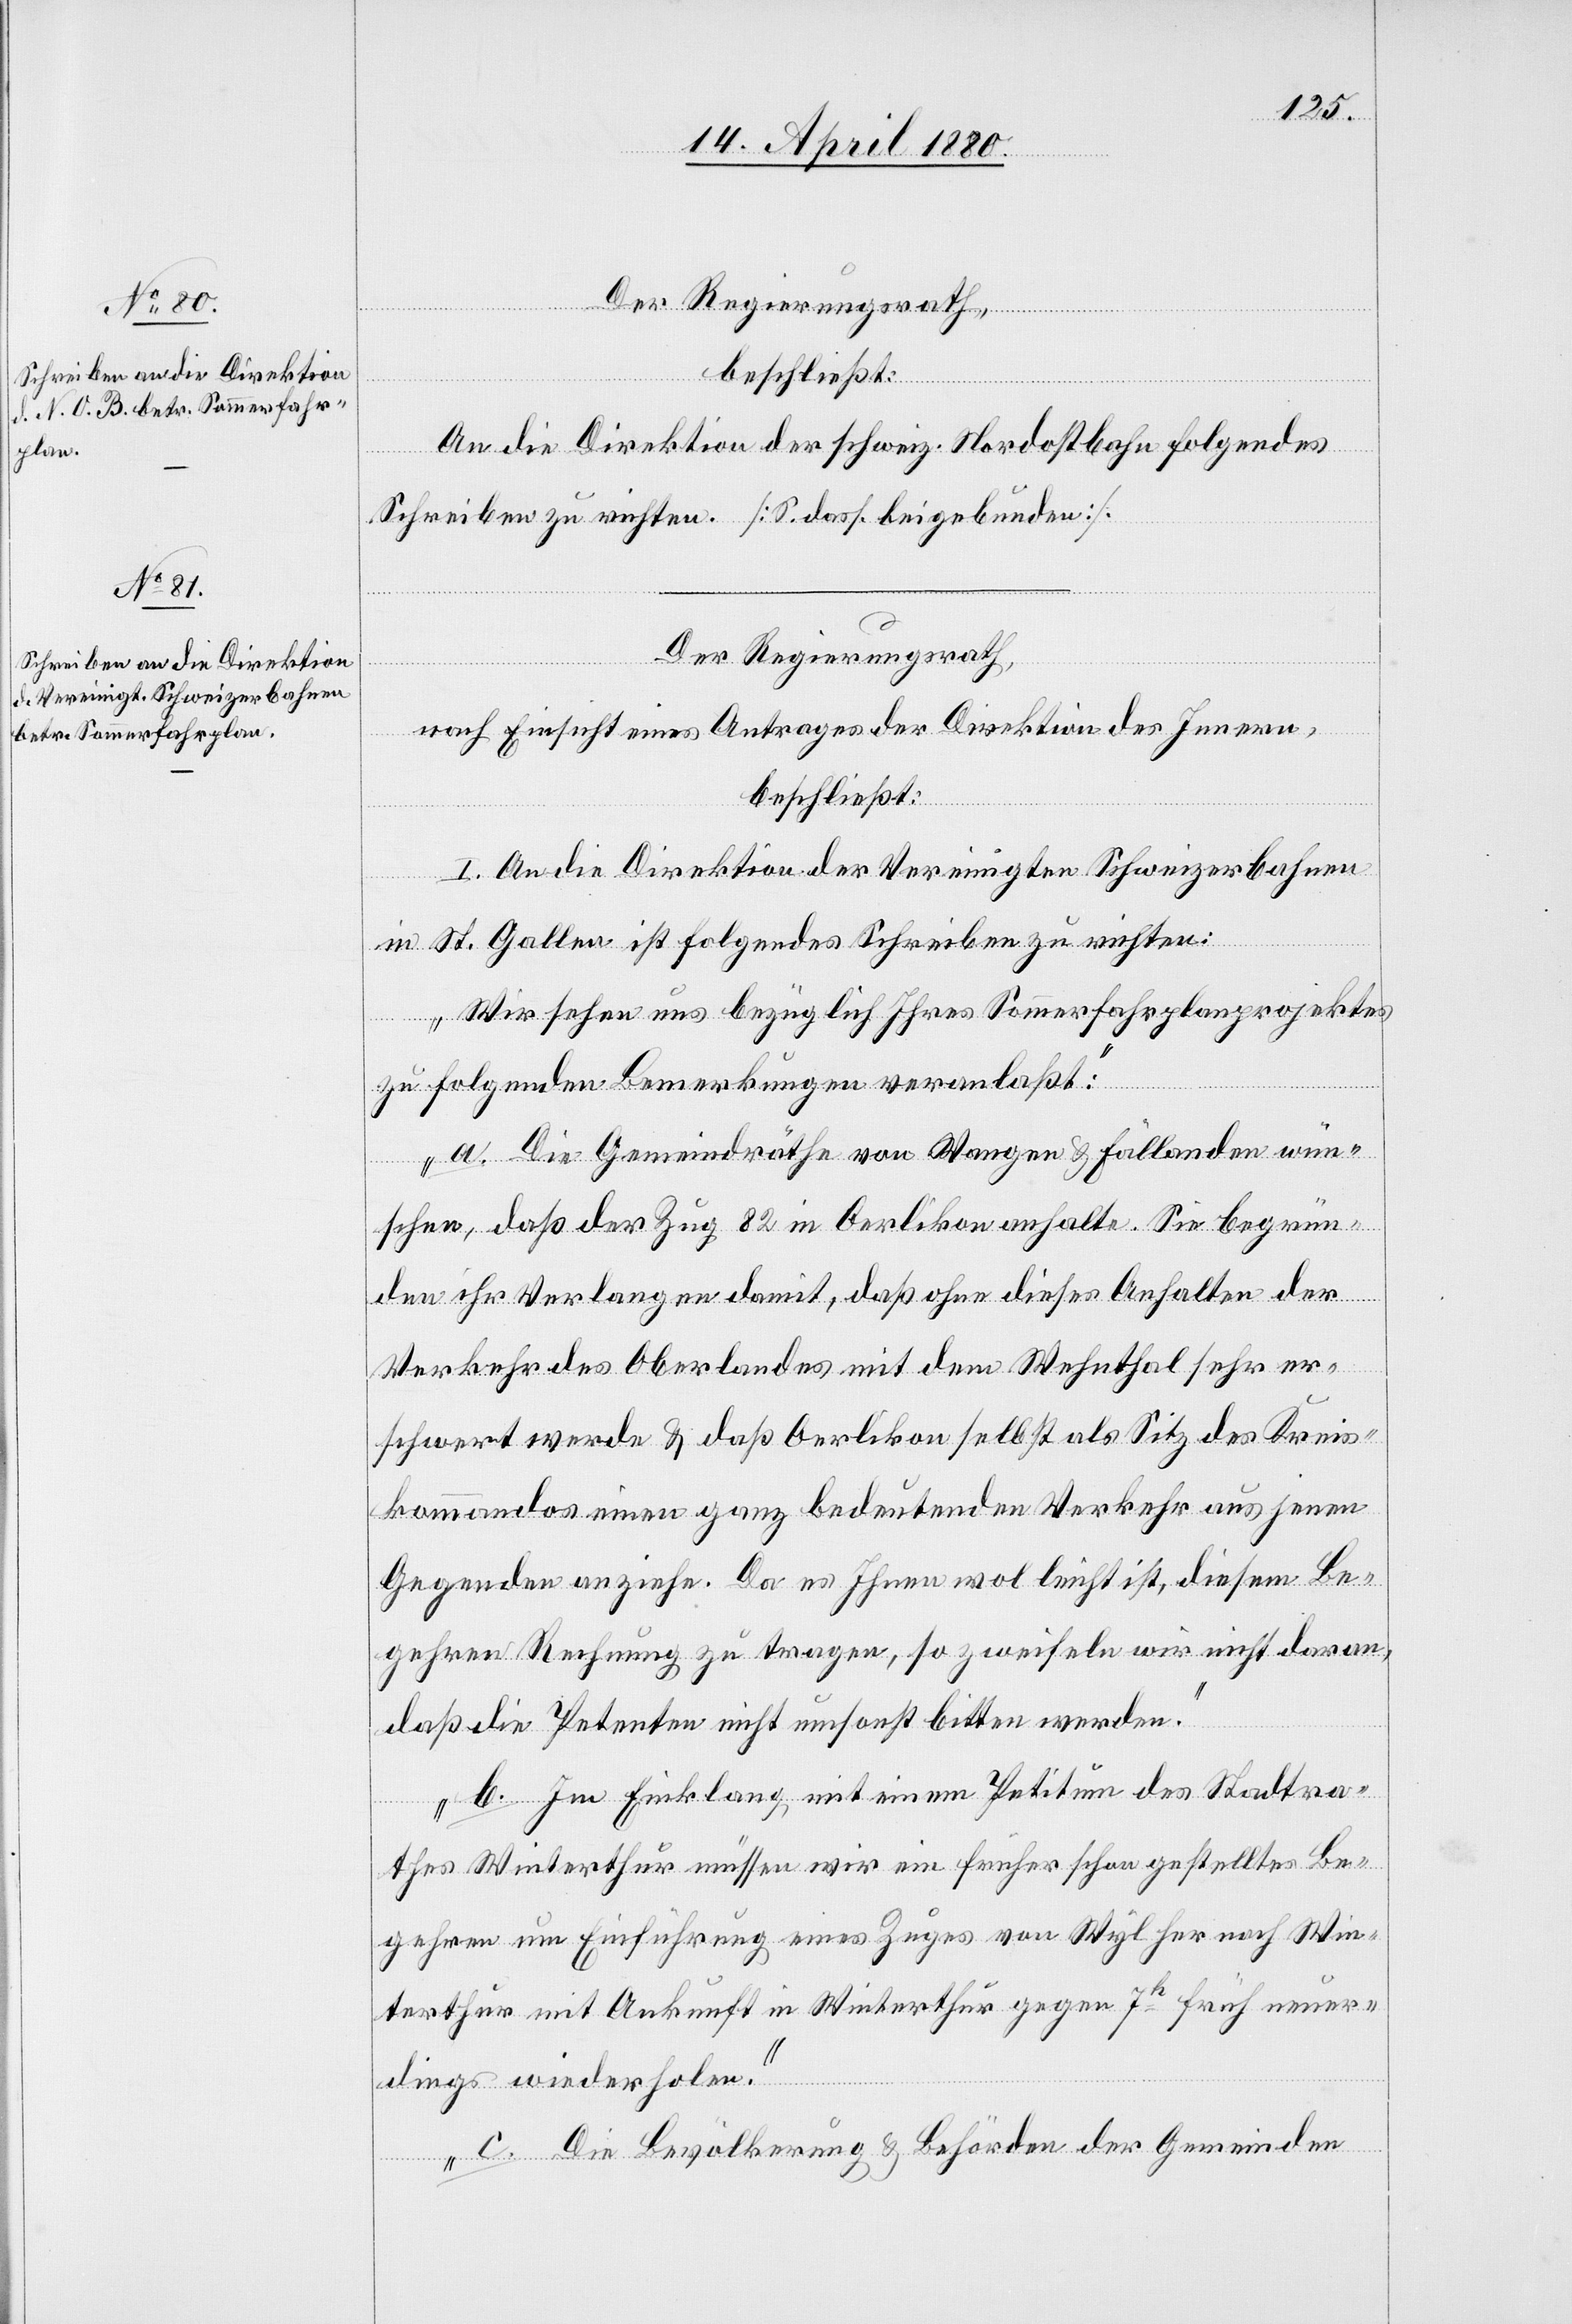
Der Regierungsrath,
nach Einsicht eines Antrages der Direktion des Innern,
beschließt:
I. An die Direktion der Vereinigten Schweizerbahnen
in St. Gallen ist folgendes Schreiben zu richten:
„Wir sehen uns bezüglich Ihres Sommerfahrplanprojektes
zu folgenden Bemerkungen veranlaßt:
a. Die Gemeindräthe von Wangen & Fällanden wün¬
schen, daß der Zug 82 in Oerlikon anhalte. Sie begrün¬
den ihr Verlangen damit, daß ohne dieses Anhalten der
Verkehr des Oberlandes mit dem Wehnthal sehr er¬
schwert werde & daß Oerlikon selbst als Sitz des Kreis¬
kommandos einen ganz bedeutenden Verkehr aus jenen
Gegenden anziehe. Da es Ihnen wol leicht ist, diesem Be¬
gehren Rechnung zu tragen, so zweifeln wir nicht daran,
daß die Petenten nicht umsonst bitten werden.
b. Im Einklang mit einem Petitum des Stadtra¬
thes Winterthur müssen wir ein früher schon gestelltes Be¬
gehren um Einführung eines Zuges von Wyl her nach Win¬
terthur mit Ankunft in Winterthur gegen 7h früh neuer¬
dings wiederholen.
c. Die Bevölkerung & Behörden der Gemeinden